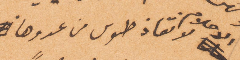
علوم لإنقاذ طوس من عدوها